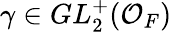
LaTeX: \gamma\in GL_{2}^{+}({\mathcal{O}}_{F})